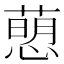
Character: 𢡗